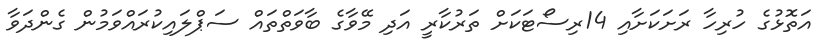
އަތޮޅުގެ ހުރިހާ ރަށަކަށާއި 14ރިސޯޓަކަށް ތަރުކާރީ އަދި މޭވާގެ ބާވަތްތައް ސަޕްލައިކުރައްވަމުން ގެންދަވާ